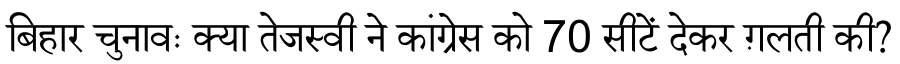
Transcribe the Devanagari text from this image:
बिहार चुनावः क्या तेजस्वी ने कांग्रेस को 70 सीटें देकर ग़लती की?